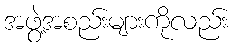
အဖွဲ့အစည်းများကိုလည်း